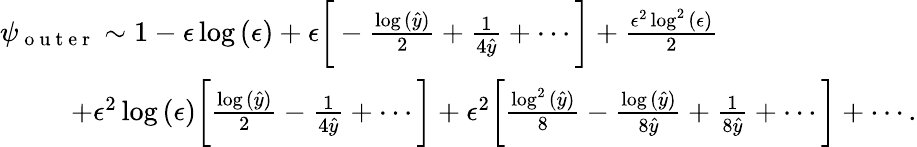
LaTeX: \begin{array}{r}{\psi_{\mathrm{~o~u~t~e~r~}}\sim 1-\epsilon\log{(\epsilon)}+\epsilon\bigg[-\frac{\log{(\hat{y})}}{2}+\frac{1}{4\hat{y}}+\cdots\bigg]+\frac{\epsilon^{2}\log^{2}{(\epsilon)}}{2}\qquad\qquad\qquad\quad}\\ {+\epsilon^{2}\log{(\epsilon)}\bigg[\frac{\log{(\hat{y})}}{2}-\frac{1}{4\hat{y}}+\cdots\bigg]+\epsilon^{2}\bigg[\frac{\log^{2}{(\hat{y})}}{8}-\frac{\log{(\hat{y})}}{8\hat{y}}+\frac{1}{8\hat{y}}+\cdots\bigg]+\cdots.}\end{array}